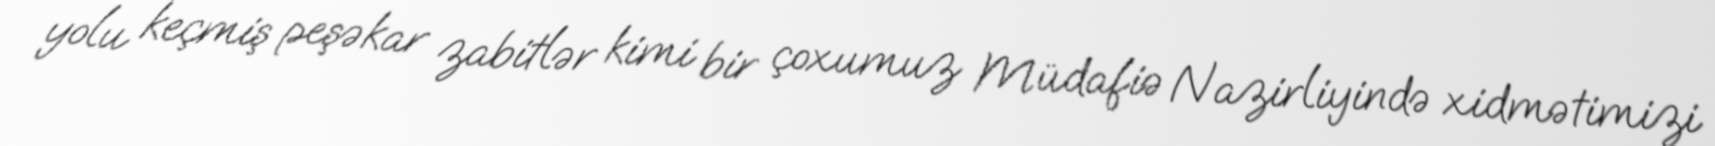
yolu keçmiş peşəkar zabitlər kimi bir çoxumuz Müdafiə Nazirliyində xidmətimizi